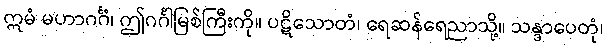
ဣမံ မဟာဂင်္ဂံ၊ ဤဂင်္ဂါမြစ်ကြီးကို။ ပဋိသောတံ၊ ရေဆန်ရေညာသို့။ သန္ဒာပေတုံ၊